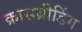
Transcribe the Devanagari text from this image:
क्रासब्रीडिंग